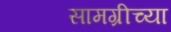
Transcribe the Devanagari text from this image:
सामग्रीच्या